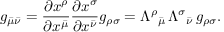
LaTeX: g _ { { \bar { \mu } } { \bar { \nu } } } = { \frac { \partial x ^ { \rho } } { \partial x ^ { \bar { \mu } } } } { \frac { \partial x ^ { \sigma } } { \partial x ^ { \bar { \nu } } } } g _ { \rho \sigma } = \Lambda ^ { \rho } { } _ { \bar { \mu } } \, \Lambda ^ { \sigma } { } _ { \bar { \nu } } \, g _ { \rho \sigma } .